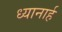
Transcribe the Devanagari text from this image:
ध्यानार्ह